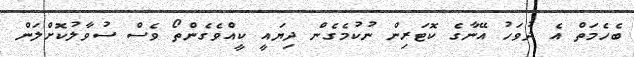
ބެހެމަތް އެ ދުވަހު އޭނާގެ ކޮޓަރިން ނުކުމެގެން ދިޔައީ ކީއްވެގެންތޯ ވެސް ސުވާލުކޮށްލަން